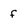
Character: f